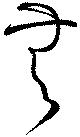
無